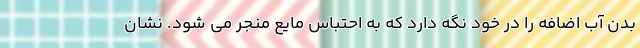
بدن آب اضافه را در خود نگه دارد که به احتباس مایع منجر می شود. نشان